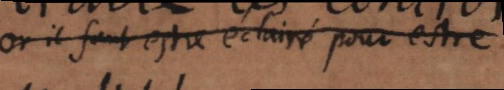
or il faut estre éclairé pour estre